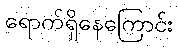
ရောက်ရှိနေကြောင်း